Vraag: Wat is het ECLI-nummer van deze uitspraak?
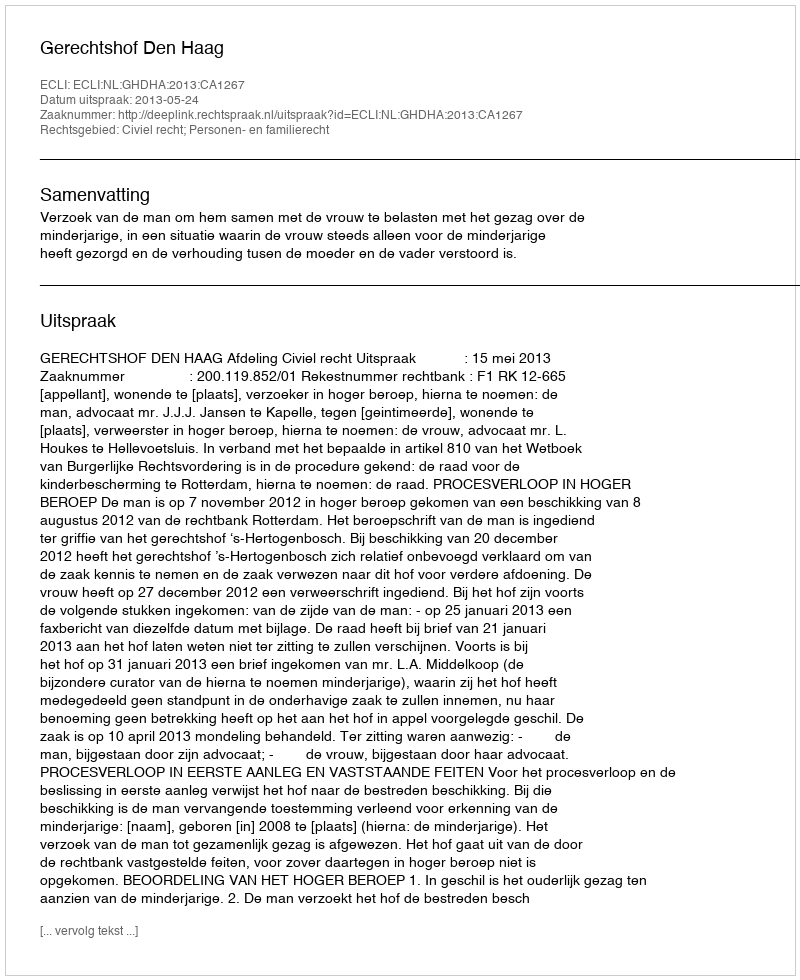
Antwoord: ECLI:NL:GHDHA:2013:CA1267